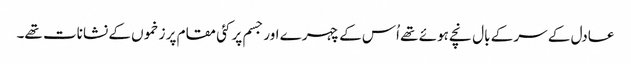
عادل کے سر کے بال نچے ہوئے تھے اُس کے چہرے اور جسم پر کئی مقام پر زخموں کے نشانات تھے۔